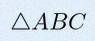
\triangle ABC